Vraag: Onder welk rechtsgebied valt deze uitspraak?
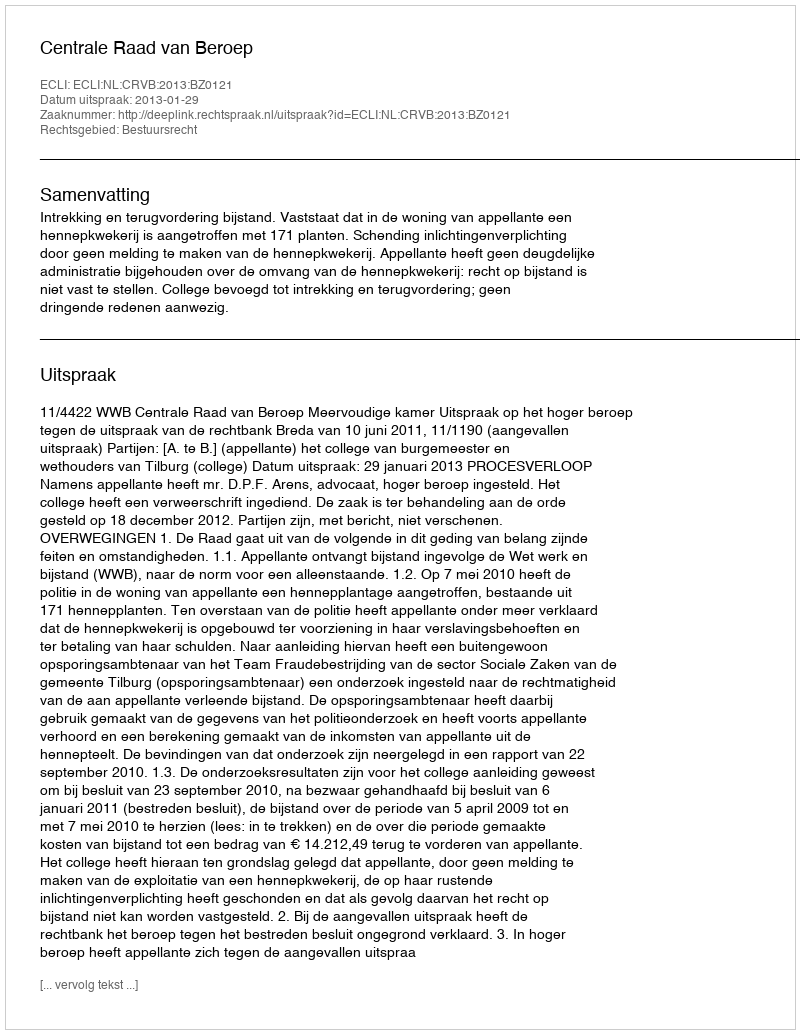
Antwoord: Bestuursrecht